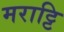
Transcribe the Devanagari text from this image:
मराट्टि